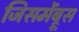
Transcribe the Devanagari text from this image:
जिसमेंब्रूस